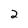
Character: 2